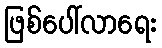
ဖြစ်ပေါ်လာရေး